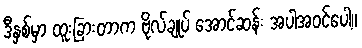
ဒီနှစ်မှာ ထူးခြားတာက ဗိုလ်ချုပ် အောင်ဆန်း အပါအဝင်ပေါ့။